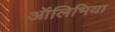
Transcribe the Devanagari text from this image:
ऑलिभिया